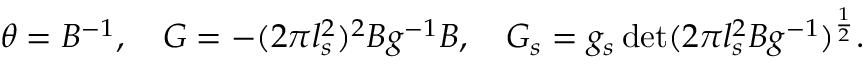
\begin{array} { c } { { \theta = B ^ { - 1 } , \quad G = - ( 2 \pi l _ { s } ^ { 2 } ) ^ { 2 } B g ^ { - 1 } B , \quad G _ { s } = g _ { s } \operatorname * { d e t } ( 2 \pi l _ { s } ^ { 2 } B g ^ { - 1 } ) ^ { \frac { 1 } { 2 } } . } } \end{array}